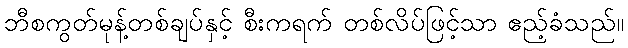
ဘီစကွတ်မုန့်တစ်ချပ်နှင့် စီးကရက် တစ်လိပ်ဖြင့်သာ ဧည့်ခံသည်။